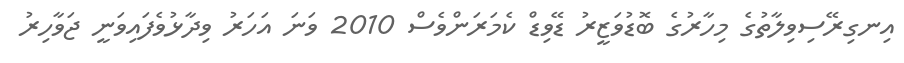
އިނގިރޭސިވިލާތުގެ މިހާރުގެ ބޮޑުވަޒީރު ޑޭވިޑް ކެމަރަންވެސް 2010 ވަނަ އަހަރު ވިދާޅުވެފައިވަނީ ޖަވާހިރު